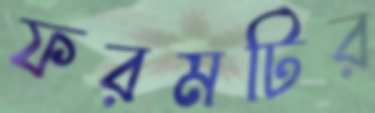
ফরমটির